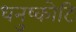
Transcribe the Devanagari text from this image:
धनुष्कोटि